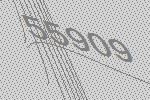
55909